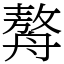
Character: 𦪈